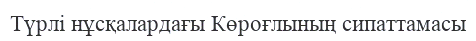
Түрлі нұсқалардағы Көроғлының сипаттамасы